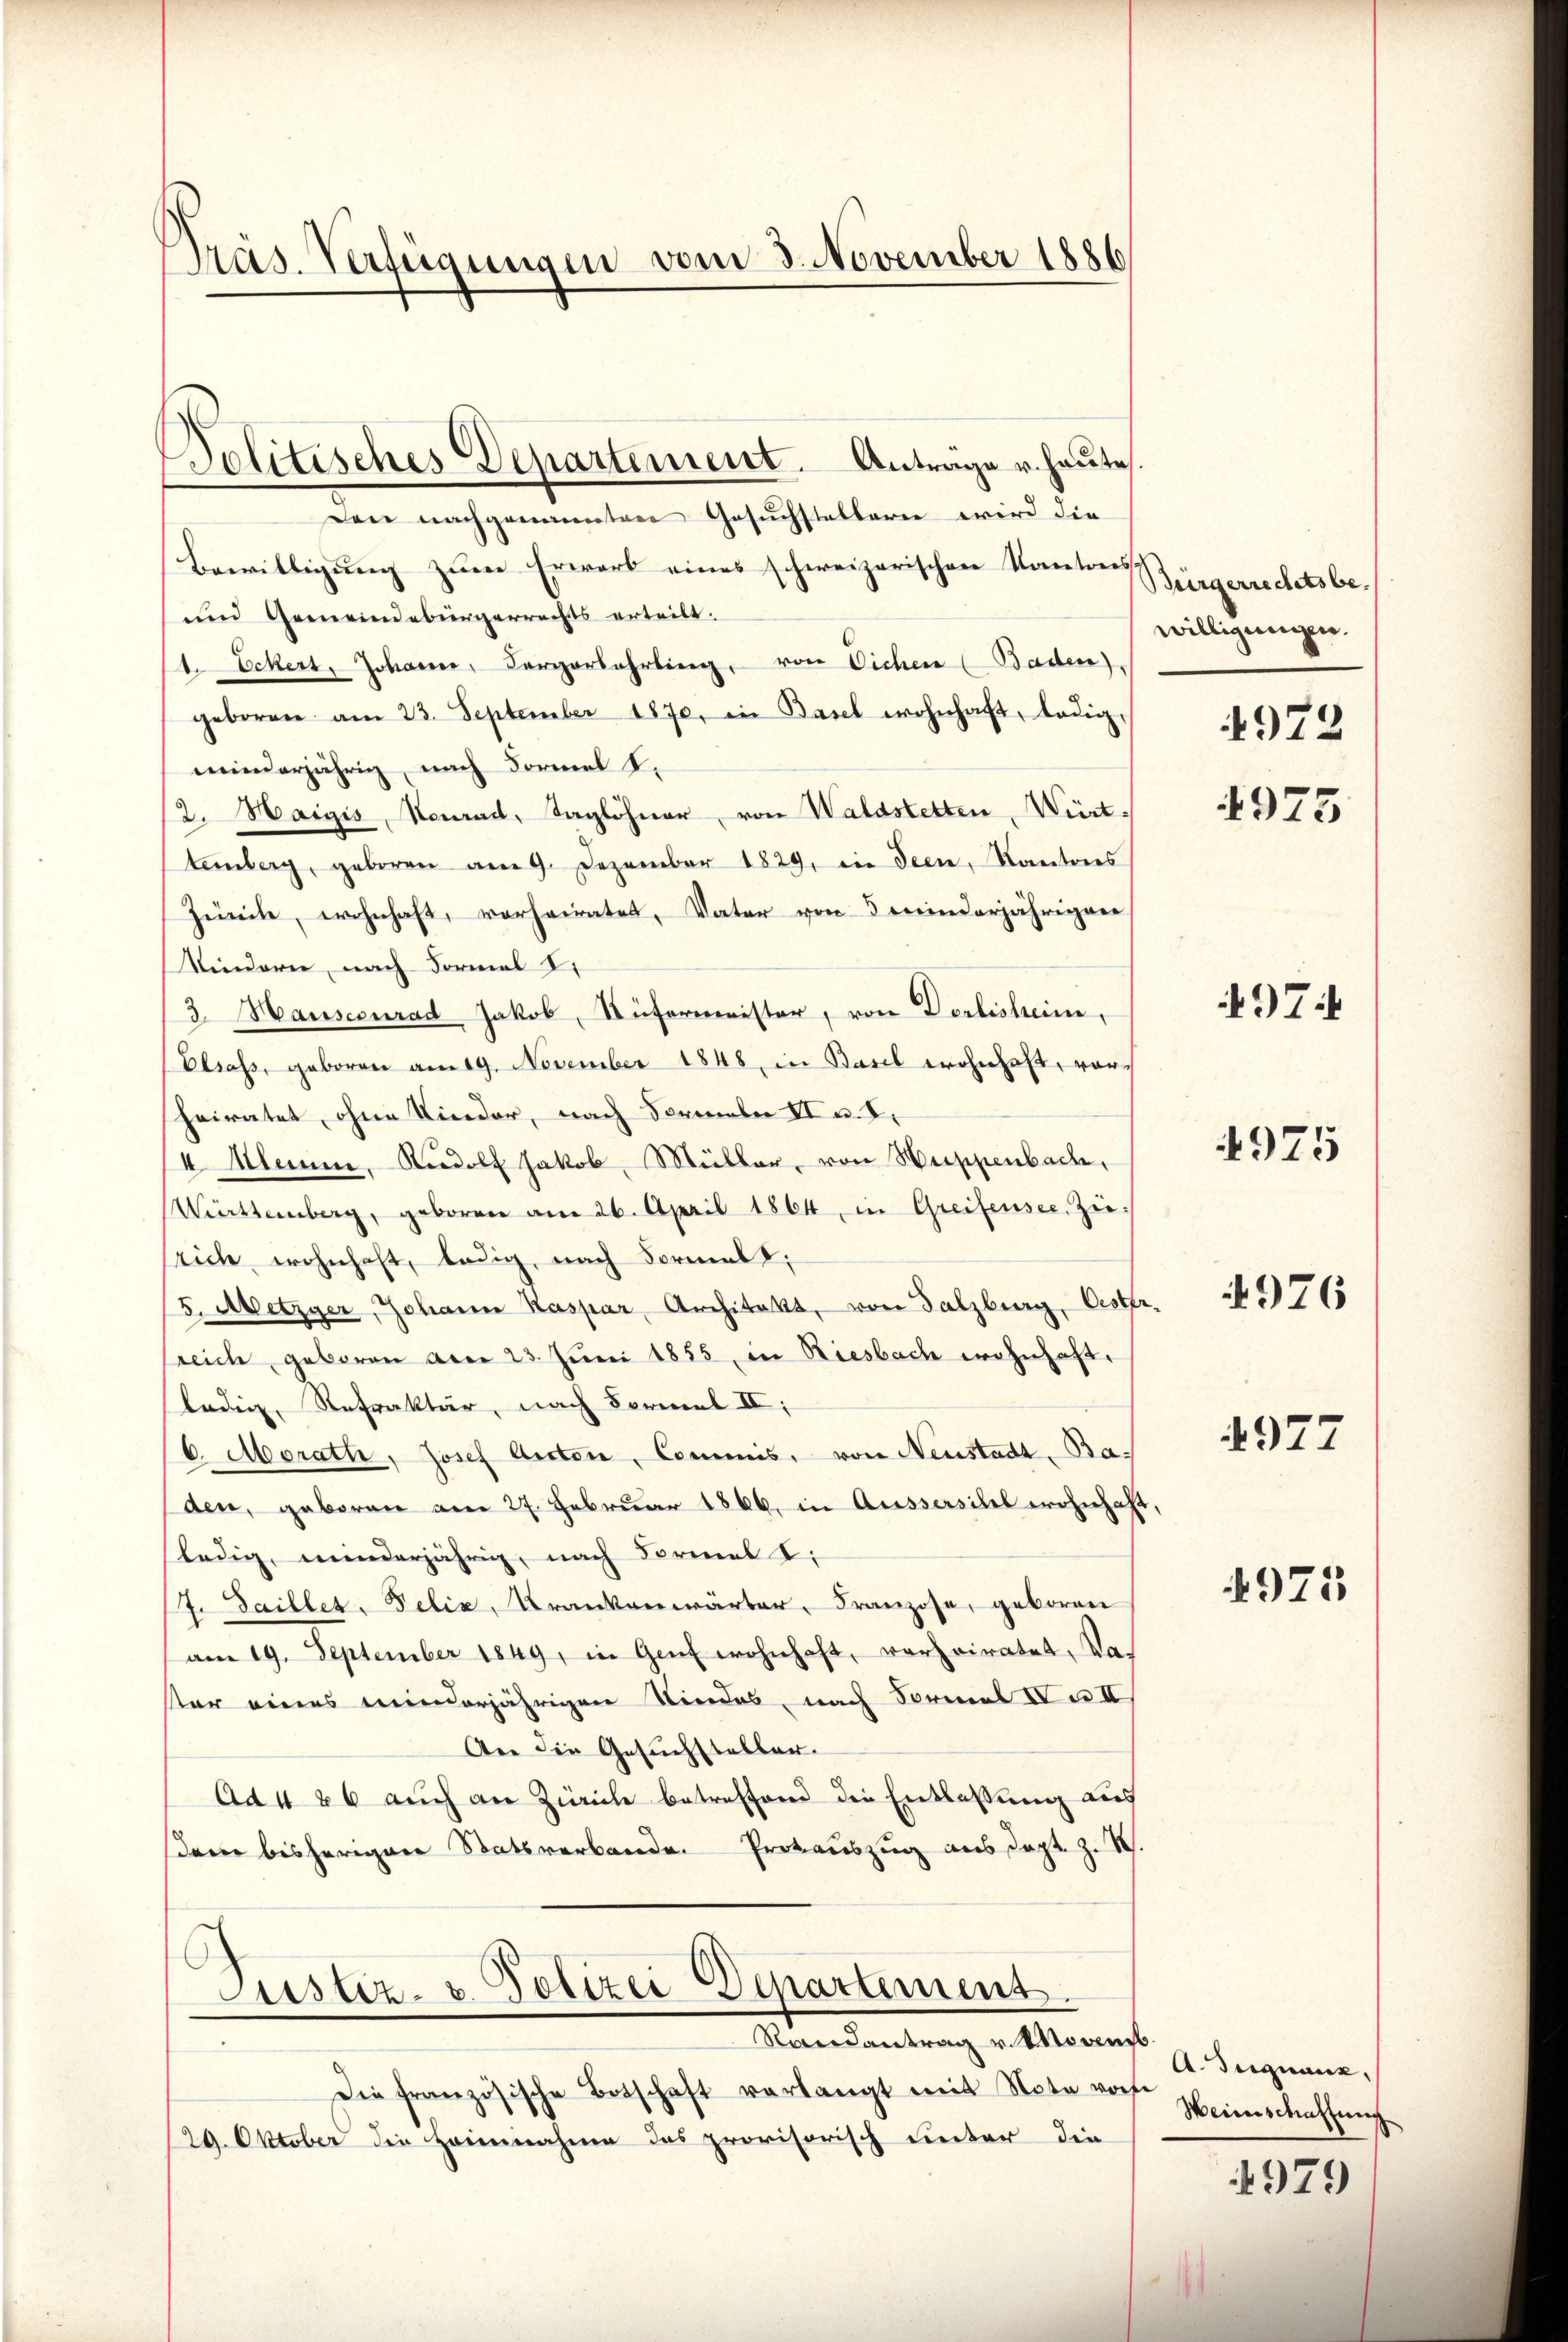
Präs. Verfügungen vom 3. November 1886

Politisches Departement. Antrage u. heute.

Den nachgenannten Gesuchstellern wird die
Bewilligung zum Erwart eines schweizerischen Kantons¬
und Gemeindebürgerrechts erteilt.
1. Eckert, Johann, Sorgerlehrling, von Eichen (Baden).
geboren am 23. September 1870. in Basel wohnhaft, ledigminderjährig, nach Formel u.
12. Haigis, Neurad, Taglöhner, von Waldstetten, Württemberg, geboren am 9. Dezember 1829, in Seen, Kantons
Zürche, wohnhaft, vorheiratet, Vater von 5 Minderjährigen
Kindern, nach Formel I
3. Hausecurad Jakob, Rüfermeister, von Dorlisheim.
Elsass, geboren am 19. November 1848, in Basel wohnhaft, vor-
heiratet, ohne Kinder, nach Formeln II u. I.
I Alamm, Rudolf Jakob Müller, von Suppenbache,
Württemberg, geboren am 26. April 1864 in Greifensee, Zierich wohnhaft, ledig, nach Formall;
5. Metzger, Johann Kaspar Architekt, von Salzburg, Oester.
reich, geboren aber 23. Juni 1855, in Riesbach wohnhaft.
ledig, Refraktär, nach Formel II,
6. Morath, Josef Arten, Commis, von Neustadt, Baden, geboren am 27. Februar 1866, in Aussersihl wohnhaft
ledig, minderjährig, nach Formel I
7. Saillet. Felix, Krankenwärter, Franzose, geboren
am 19. September 1849, in Genf wohnhaft, verheiratet. Da-
ster eines minderjährigen Niedes, nach Formel Da II
An die Gesuchstellen.
Ad 4 26 auch an Zürich betreffend die Entlaßung auf
dem bisherigen Statsverbande. Protauszug aus Dapt. z. S.

ustiz- u. Polizei Departement.
Randantrag v. Movens.

Die französische Botschaft verlangt mit Nota vorh
29. Oktober die Heinnahme das provisorisch unter die

Bürgerrechets be-
willigungen.
4972

4975

974

4925

4976

4977

4975

A. Tuquanz,
Weinschaftung

4979